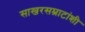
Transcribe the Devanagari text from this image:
साखरसम्राटांशी